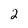
Character: 2